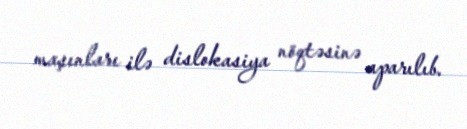
maşınları ilə dislokasiya nöqtəsinə aparılıb.